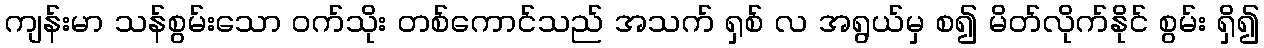
ကျန်းမာ သန်စွမ်းသော ဝက်သိုး တစ်ကောင်သည် အသက် ရှစ် လ အရွယ်မှ စ၍ မိတ်လိုက်နိုင် စွမ်း ရှိ၍